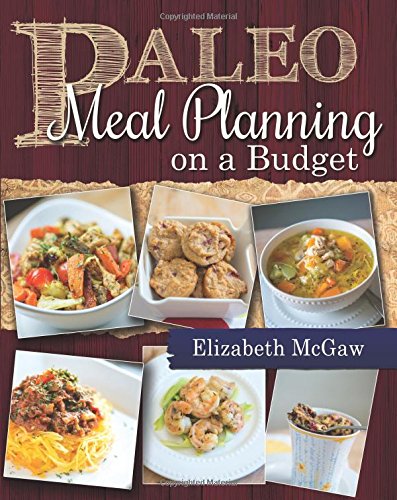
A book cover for Paleo Meal Planning on a Budget; Elizabeth McGaw; Cookbooks, Food & Wine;